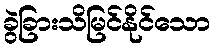
ခွဲခြားသိမြင်နိုင်သော